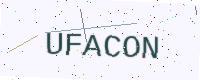
Text: UFACON